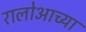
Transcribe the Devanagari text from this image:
रालोआच्या